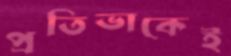
প্রতিভাকেই